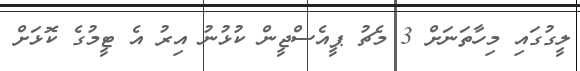
ލީގުގައި މިހާތަނަށް 3 މެޗު ޕީއެސްޖީން ކުޅުނު އިރު އެ ޓީމުގެ ކޮޅަށް